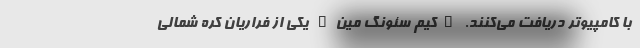
با کامپیوتر دریافت می‌کنند. "کیم سئونگ مین" یکی از فراریان کره شمالی